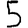
Digit: 5